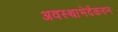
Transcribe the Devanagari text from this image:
अवस्थाभेदेंकरुन